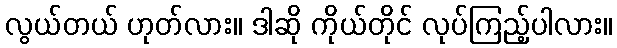
လွယ်တယ် ဟုတ်လား။ ဒါဆို ကိုယ်တိုင် လုပ်ကြည့်ပါလား။